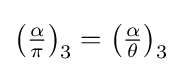
\left({\tfrac {\alpha }{\pi }}\right)_{3}=\left({\tfrac {\alpha }{\theta }}\right)_{3}